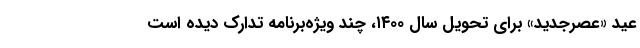
عید «عصرجدید» برای تحویل سال ۱۴۰۰، چند ویژه‌برنامه تدارک دیده است